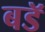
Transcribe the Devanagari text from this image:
बडॅ